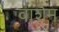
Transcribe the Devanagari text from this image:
वाशेम